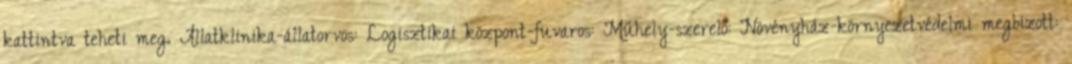
kattintva teheti meg. Állatklinika-állatorvos: Logisztikai központ-fuvaros: Műhely-szerelő: Növényház-környezetvédelmi megbizott: